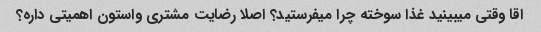
اقا وقتى میبینید غذا سوخته چرا میفرستید؟ اصلا رضایت مشترى واستون اهمیتى داره؟